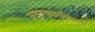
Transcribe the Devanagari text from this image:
अतुल्यकालिकता